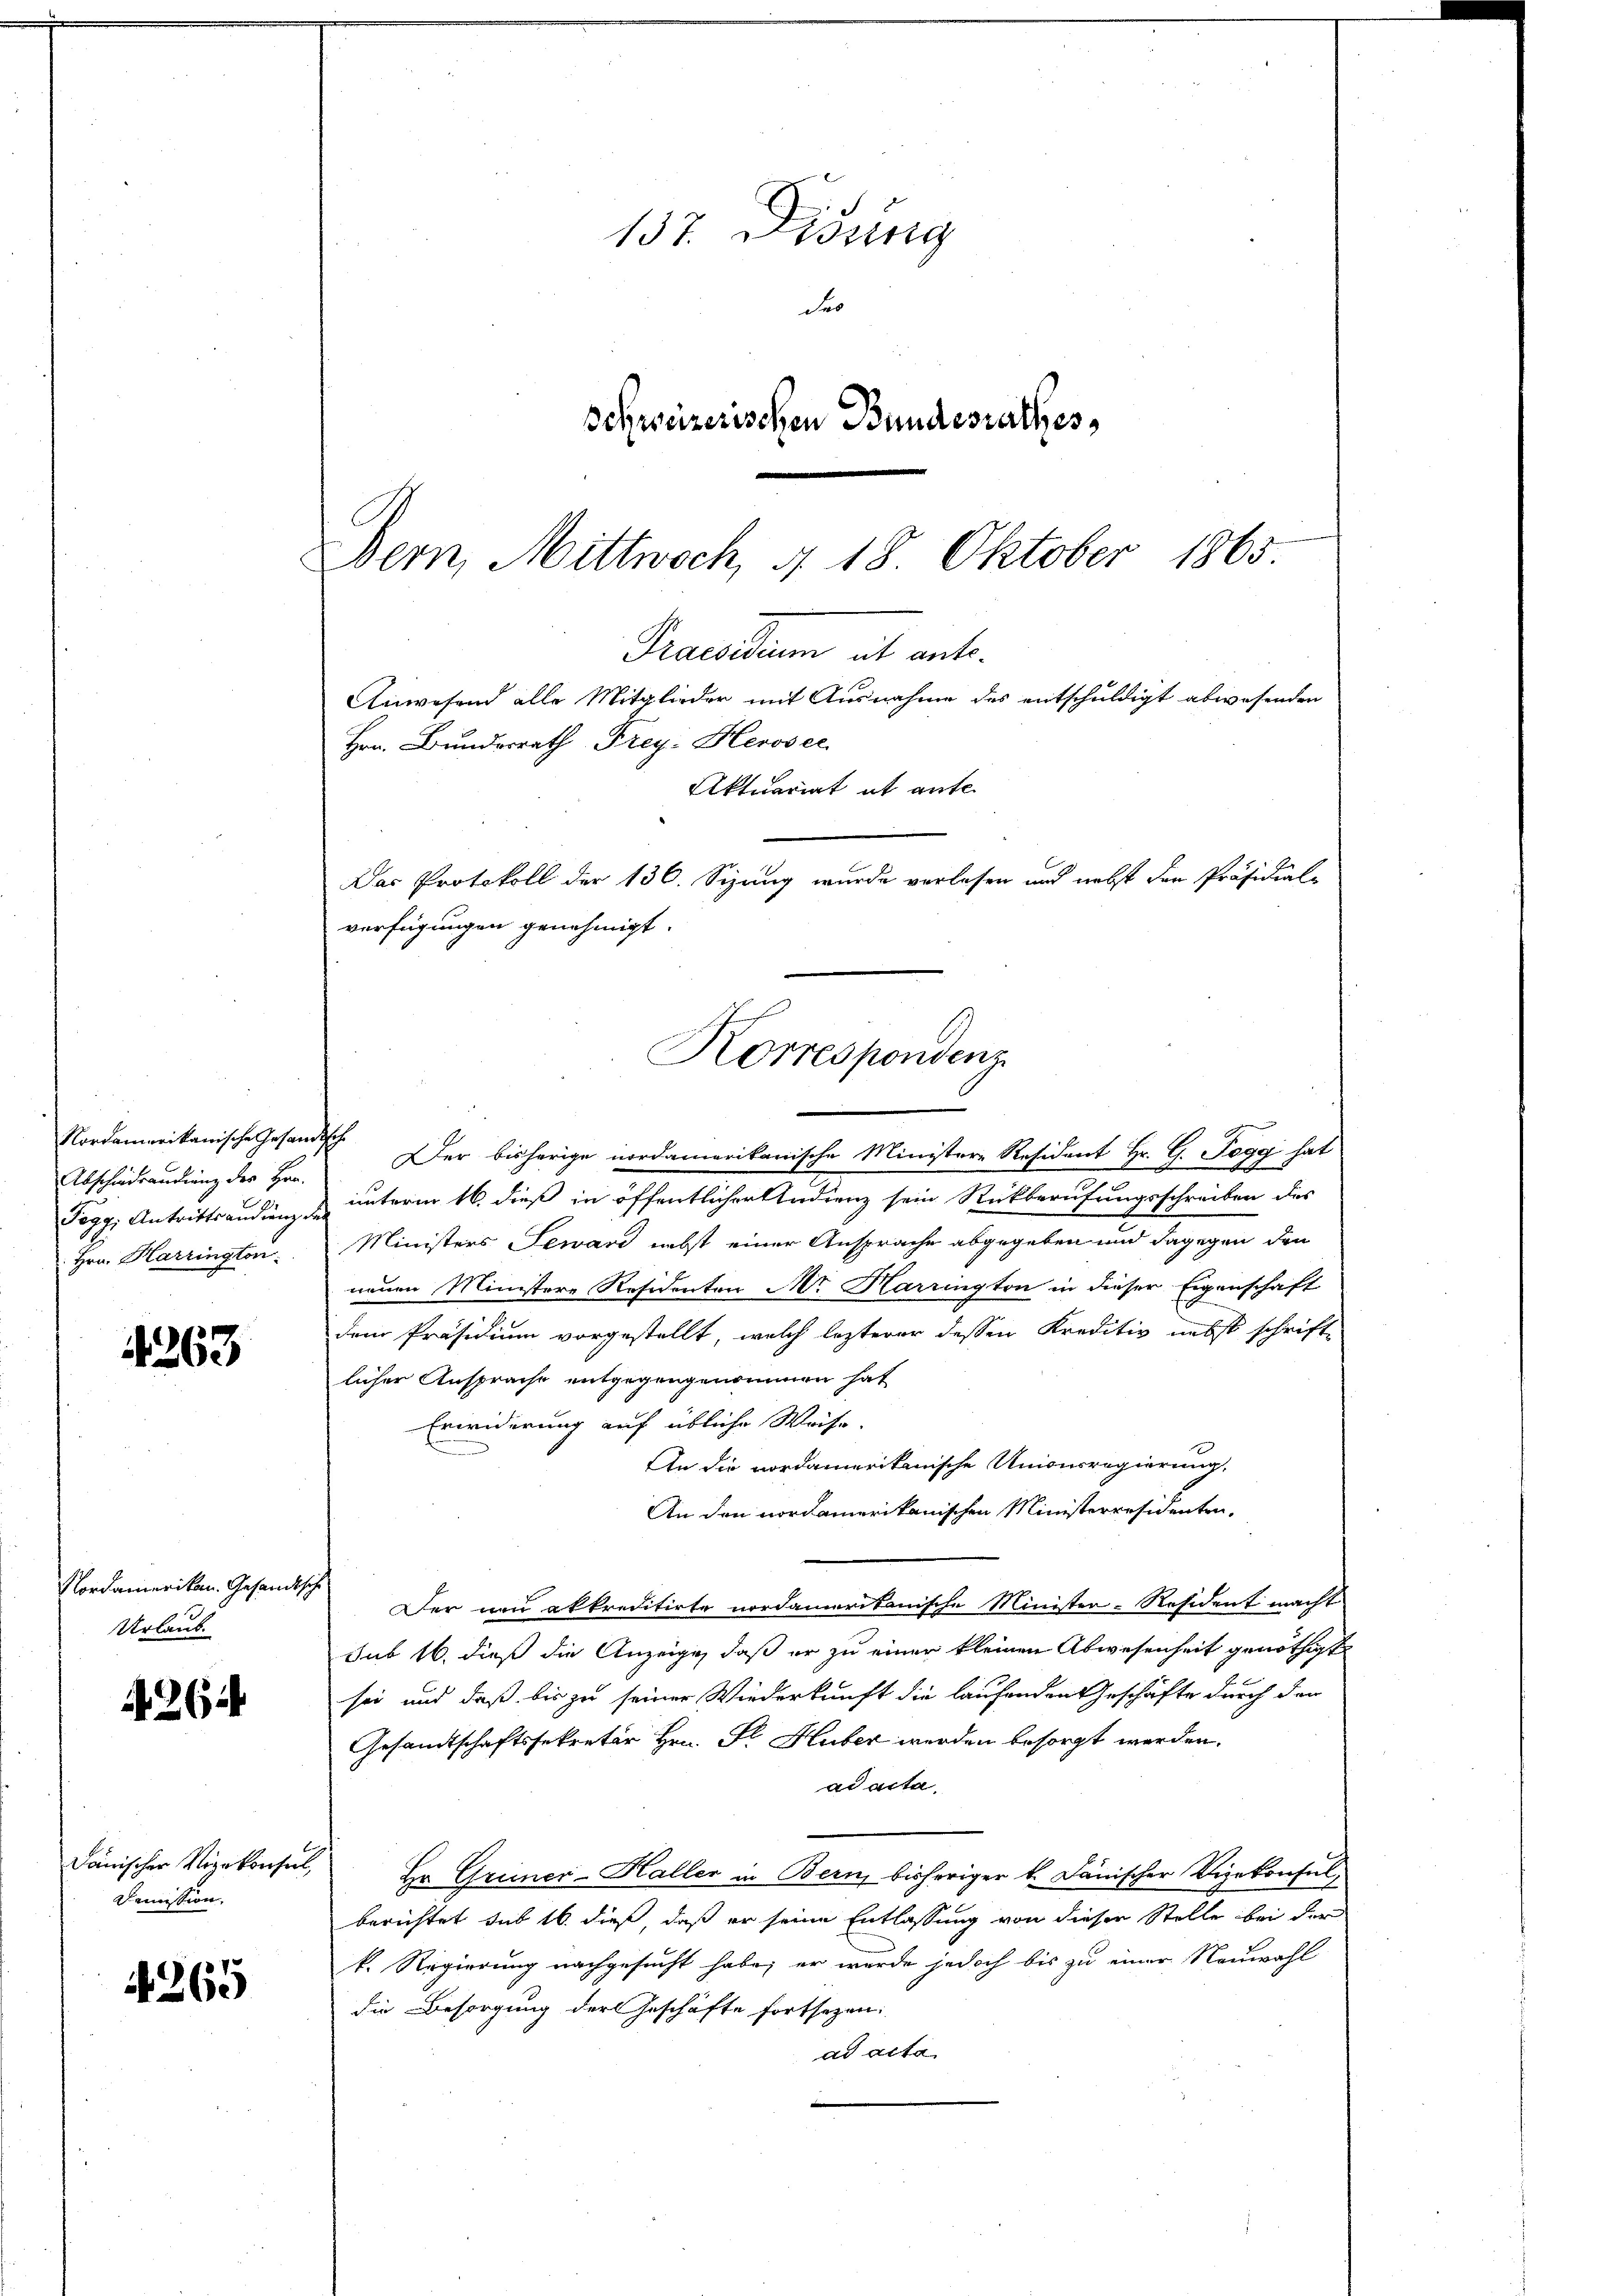
Nordamerikanische Gesandische
Abschiedsendung des Hrn.
 Hrn. Harrington

1263

Nordamerikan. Gesandtsche
Urlaub.

A 264

dänischer Vizekonseil,
Demission,

4265

Der bisherige nordamerikanische Ministere Resident Hr. G. Togg hat
Tegg: Antrittsendung der unterm 16. dieß in öffentlicher Undienz sein Rückberufungsschreiben des
Ministers Lewand nebst einer Ansprache abgegeben und dagegen den
neuen Ministere Residenten Ar Harrington in dieser Eigenschaft
dem Präsidium vorgestellt, welch lezterer dessen Kreditiv nebst schrift-
licher Ansprache entgegengenommen hat
Erwiderung auf übliche Weise.
An die nordamerikanische Unionsregierung.
An den nordamerikanischen Ministerresidenten,
Der neu akkreditirte nordamerikanische Minister-Resident macht
sub 16. dieß die Anzeige, daß er zu einer kleinen Abwesenheit genöthigt
sei und daß bis zu seiner Wiederkunft die laufenden Geschäfte durch den
Gesandtschaftssekretär Hrn. Fr. Huber werden besorgt werden.
ad acta,
Hr. Grimer-Haller in Bern, bisheriger k. Janischer Vizekonsulberichtet sub 16 dieß, daß er seine Entlassung von dieser Stelle bei der
k. Regierung nachgesucht habe; er wurde jedoch bis zu einer Neuwahl
die Besorgung der Geschäfte fortsetzen:
ad acta

137. Didung
deo
Schweizerischen Bundesrathes,

Bern, Mittwoch, § 18. Oktober 1865
Praesidium ab ante.
Anwesend alle Mitglieder mit Ausnahme des entschuldigt abwesenden
Hrn. Bundesrath Frey- Herosec
Aktuariat it ante
Das Protokoll der 136. Sizung wurde verlesen und nebst den Präsidial-
verfügungen genehmigt.
Korrespondenz